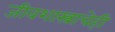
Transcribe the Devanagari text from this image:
जीवशास्त्राचेही